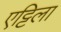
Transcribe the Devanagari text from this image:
एट्टिला